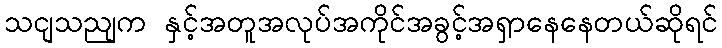
သငျသညျက နှင့်အတူအလုပ်အကိုင်အခွင့်အရှာနေနေတယ်ဆိုရင်